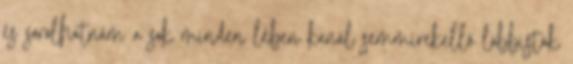
és sorolhatnám a sok minden lében kanál semmirekellő lobbisták